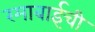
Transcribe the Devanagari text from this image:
रमाबाईची